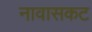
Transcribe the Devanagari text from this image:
नावासकट